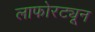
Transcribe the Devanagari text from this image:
लाफोरट्यून